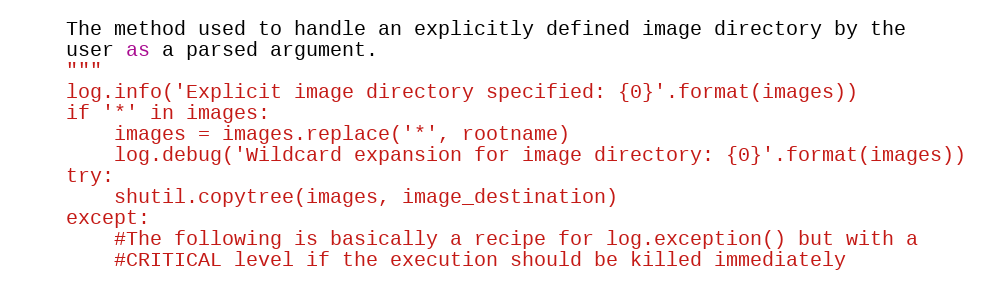
Language: Python
    The method used to handle an explicitly defined image directory by the
    user as a parsed argument.
    """
    log.info('Explicit image directory specified: {0}'.format(images))
    if '*' in images:
        images = images.replace('*', rootname)
        log.debug('Wildcard expansion for image directory: {0}'.format(images))
    try:
        shutil.copytree(images, image_destination)
    except:
        #The following is basically a recipe for log.exception() but with a
        #CRITICAL level if the execution should be killed immediately